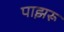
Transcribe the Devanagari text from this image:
पाझरू